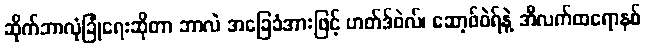
ဆိုက်ဘာလုံခြုံရေးဆိုတာ ဘာလဲ အခြေခံအားဖြင့် ဟတ်ဒ်ဝဲလ်၊ ဆော့ဖ်ဝဲရ်နဲ့ အီလက်ထရောနစ်